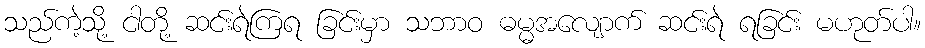
သည်ကဲ့သို့ ငါတို့ ဆင်းရဲကြရ ခြင်းမှာ သဘာဝ ဓမ္မအလျောက် ဆင်းရဲ ရခြင်း မဟုတ်ပါ။